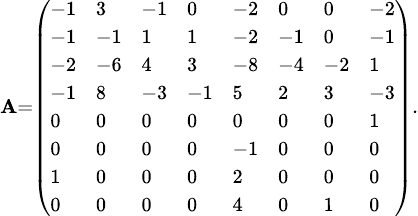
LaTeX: \scriptstyle\mathbf{A}={\left(\begin{array}{llllllll}{-1}&{3}&{-1}&{0}&{-2}&{0}&{0}&{-2}\\ {-1}&{-1}&{1}&{1}&{-2}&{-1}&{0}&{-1}\\ {-2}&{-6}&{4}&{3}&{-8}&{-4}&{-2}&{1}\\ {-1}&{8}&{-3}&{-1}&{5}&{2}&{3}&{-3}\\ {0}&{0}&{0}&{0}&{0}&{0}&{0}&{1}\\ {0}&{0}&{0}&{0}&{-1}&{0}&{0}&{0}\\ {1}&{0}&{0}&{0}&{2}&{0}&{0}&{0}\\ {0}&{0}&{0}&{0}&{4}&{0}&{1}&{0}\end{array}\right)}.